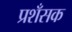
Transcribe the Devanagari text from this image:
प्रशँसक